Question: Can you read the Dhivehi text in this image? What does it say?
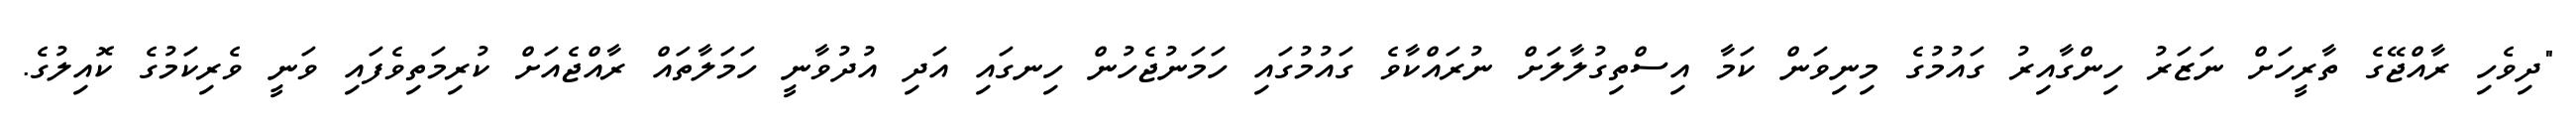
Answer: "ދިވެހި ރާއްޖޭގެ ތާރީހަށް ނަޒަރު ހިންގާއިރު ގައުމުގެ މިނިވަން ކަމާ އިސްތިގުލާލަށް ނުރައްކާވެ ގައުމުގައި ހަމަނުޖެހުން ހިނގައި އަދި އުދުވާނީ ހަމަލާތައް ރާއްޖެއަށް ކުރިމަތިވެފައި ވަނީ ވެރިކަމުގެ ކޮއިލުގެ.